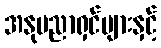
အနုပညာရှင်များနှင့်